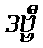
ဒဗ္ဗီ